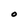
Character: O